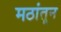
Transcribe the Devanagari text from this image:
मठांतून